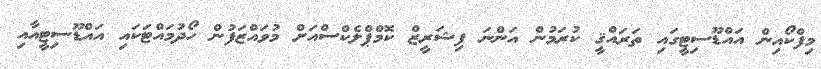
މިފްކޯއިން އައްޑޫސިޓީގައި ތަރައްޤީ ކުރަމުން އަންނަ ފިޝަރީޒް ކޮމްޕްލެކްސްއަށް މުވައްޒަފުން ހޯދުމައްޓަކައި އައްޑޫސިޓީއާއި